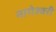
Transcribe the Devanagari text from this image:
नागेश्वरी